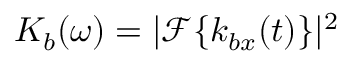
K _ { b } ( \omega ) = | \mathcal { F } \{ k _ { b x } ( t ) \} | ^ { 2 }